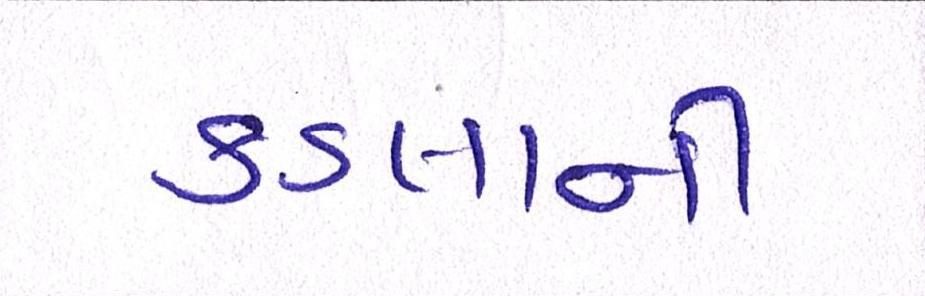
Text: કડલાની